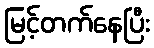
မြင့်တက်နေပြီး